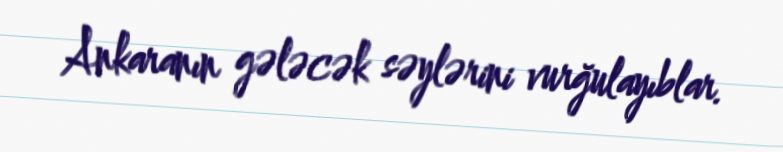
Ankaranın gələcək səylərini vurğulayıblar.